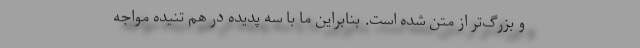
و بزرگ‌تر از متن شده است. بنابراین ما با سه پدیده در هم تنیده مواجه